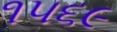
૧૫૬૯